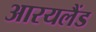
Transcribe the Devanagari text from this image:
आरयलैंड